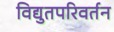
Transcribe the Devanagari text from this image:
विद्युतपरिवर्तन